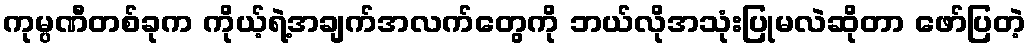
ကုမ္ပဏီတစ်ခုက ကိုယ့်ရဲ့အချက်အလက်တွေကို ဘယ်လိုအသုံးပြုမလဲဆိုတာ ဖော်ပြတဲ့